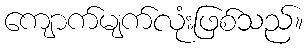
ကျောက်မျက်လုံးဖြစ်သည်။